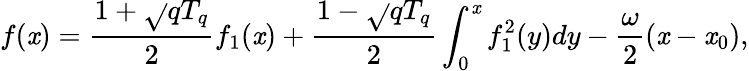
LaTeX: f(\mathit{x})={\frac{{1+\sqrt{}{{q}}T_{q}}}{{2}}}f_{1}(\mathit{x})+{\frac{{1-\sqrt{}{{q}}T_{q}}}{{2}}}\int_{0}^{\mathit{x}}f_{1}^{2}(y)dy-{\frac{{\omega}}{{2}}}(\mathit{x}-\mathit{x}_{0}),